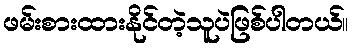
ဖမ်းစားထားနိုင်တဲ့သူပဲဖြစ်ပါတယ်။